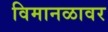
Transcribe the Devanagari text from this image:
विमानळावर